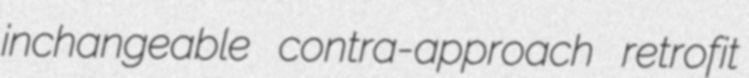
inchangeable contra-approach retrofit